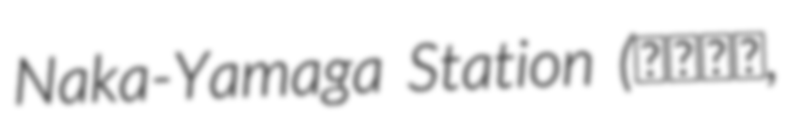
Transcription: Naka-Yamaga Station (中山香駅,